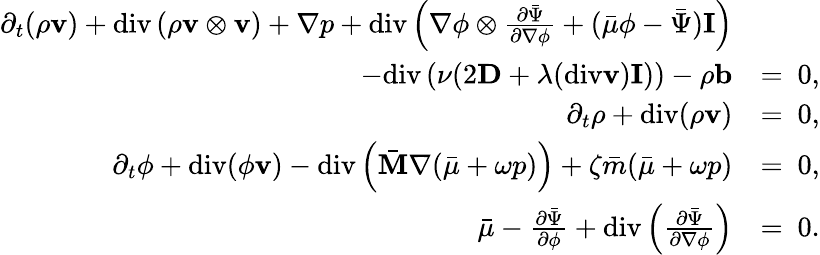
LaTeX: \begin{array}{rl}{\partial_{t}(\rho\mathbf{v})+\mathrm{div}\left(\rho\mathbf{v}\otimes\mathbf{v}\right)+\nabla p+\mathrm{div}\left(\nabla\phi\otimes\frac{\partial\bar{\Psi}}{\partial\nabla\phi}+(\bar{\mu}\phi-\bar{\Psi})\mathbf{I}\right)}&{}\\ {-\mathrm{div}\left(\nu(2\mathbf{D}+\lambda(\mathrm{div}\mathbf{v})\mathbf{I})\right)-\rho\mathbf{b}}&{=~0,}\\ {\partial_{t}\rho+\mathrm{div}(\rho\mathbf{v})}&{=~0,}\\ {\partial_{t}\phi+\mathrm{div}(\phi\mathbf{v})-\mathrm{div}\left(\bar{\mathbf{M}}\nabla(\bar{\mu}+\omega p)\right)+\zeta\bar{m}(\bar{\mu}+\omega p)}&{=~0,}\\ {\bar{\mu}-\frac{\partial\bar{\Psi}}{\partial\phi}+\mathrm{div}\left(\frac{\partial\bar{\Psi}}{\partial\nabla\phi}\right)}&{=~0.}\end{array}